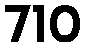
710